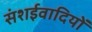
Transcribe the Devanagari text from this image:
संशईवादियों